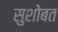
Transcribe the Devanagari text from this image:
सुशोबत